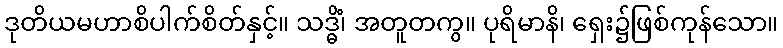
ဒုတိယမဟာစိပါက်စိတ်နှင့်။ သဒ္ဓိံ၊ အတူတကွ။ ပုရိမာနိ၊ ရှေး၌ဖြစ်ကုန်သော။